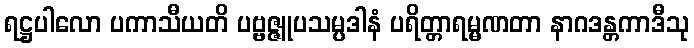
ရဋ္ဌပါလော ပကာသီယတိ ပဗ္ဗဇ္ဇူပသမ္ပဒါနံ ပရိတ္တာရမ္မဏတာ နာဂဒန္တကာဒီသု